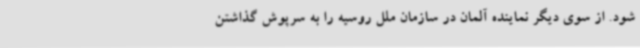
شود. از سوی دیگر نماینده آلمان در سازمان ملل روسیه را به سرپوش گذاشتن